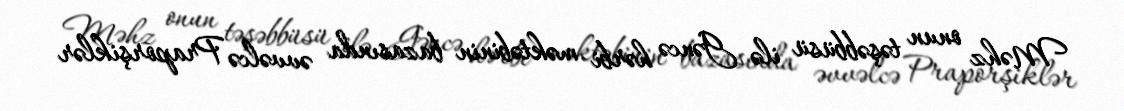
Məhz onun təşəbbüsü ilə Gəncə hərbi məktəbinin bazasında əvvəlcə Praporşiklər